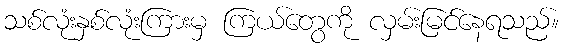
သစ်လုံးနှစ်လုံးကြားမှ ကြယ်တွေကို လှမ်းမြင်နေရသည်။